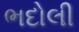
ભદોલી